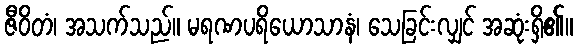
ဇီဝိတံ၊ အသက်သည်။ မရဏပရိယောသာနံ၊ သေခြင်းလျှင် အဆုံးရှိ၏။